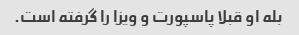
بله او قبلا پاسپورت و ویزا را گرفته است.